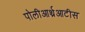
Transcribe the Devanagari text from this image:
पोलीआर्थ्रआटीस